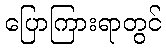
ပြောကြားရာတွင်